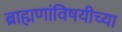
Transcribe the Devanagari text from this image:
ब्राह्मणांविषयीच्या